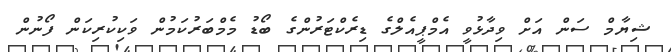
ޝިޔާމް ސަން އަށް ވިދާޅުވީ އެމްޕީއެލްގެ ޑިރެކްޓަރުންގެ ބޯޑު މެމްބަރުކަމުން ވަކިކުރިކަން ފޯނުން